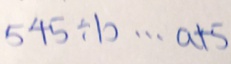
5 4 5 \div b \cdots a + 5